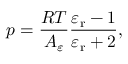
p = \frac { R T } { A _ { \varepsilon } } \frac { \varepsilon _ { \mathrm { r } } - 1 } { \varepsilon _ { \mathrm { r } } + 2 } ,